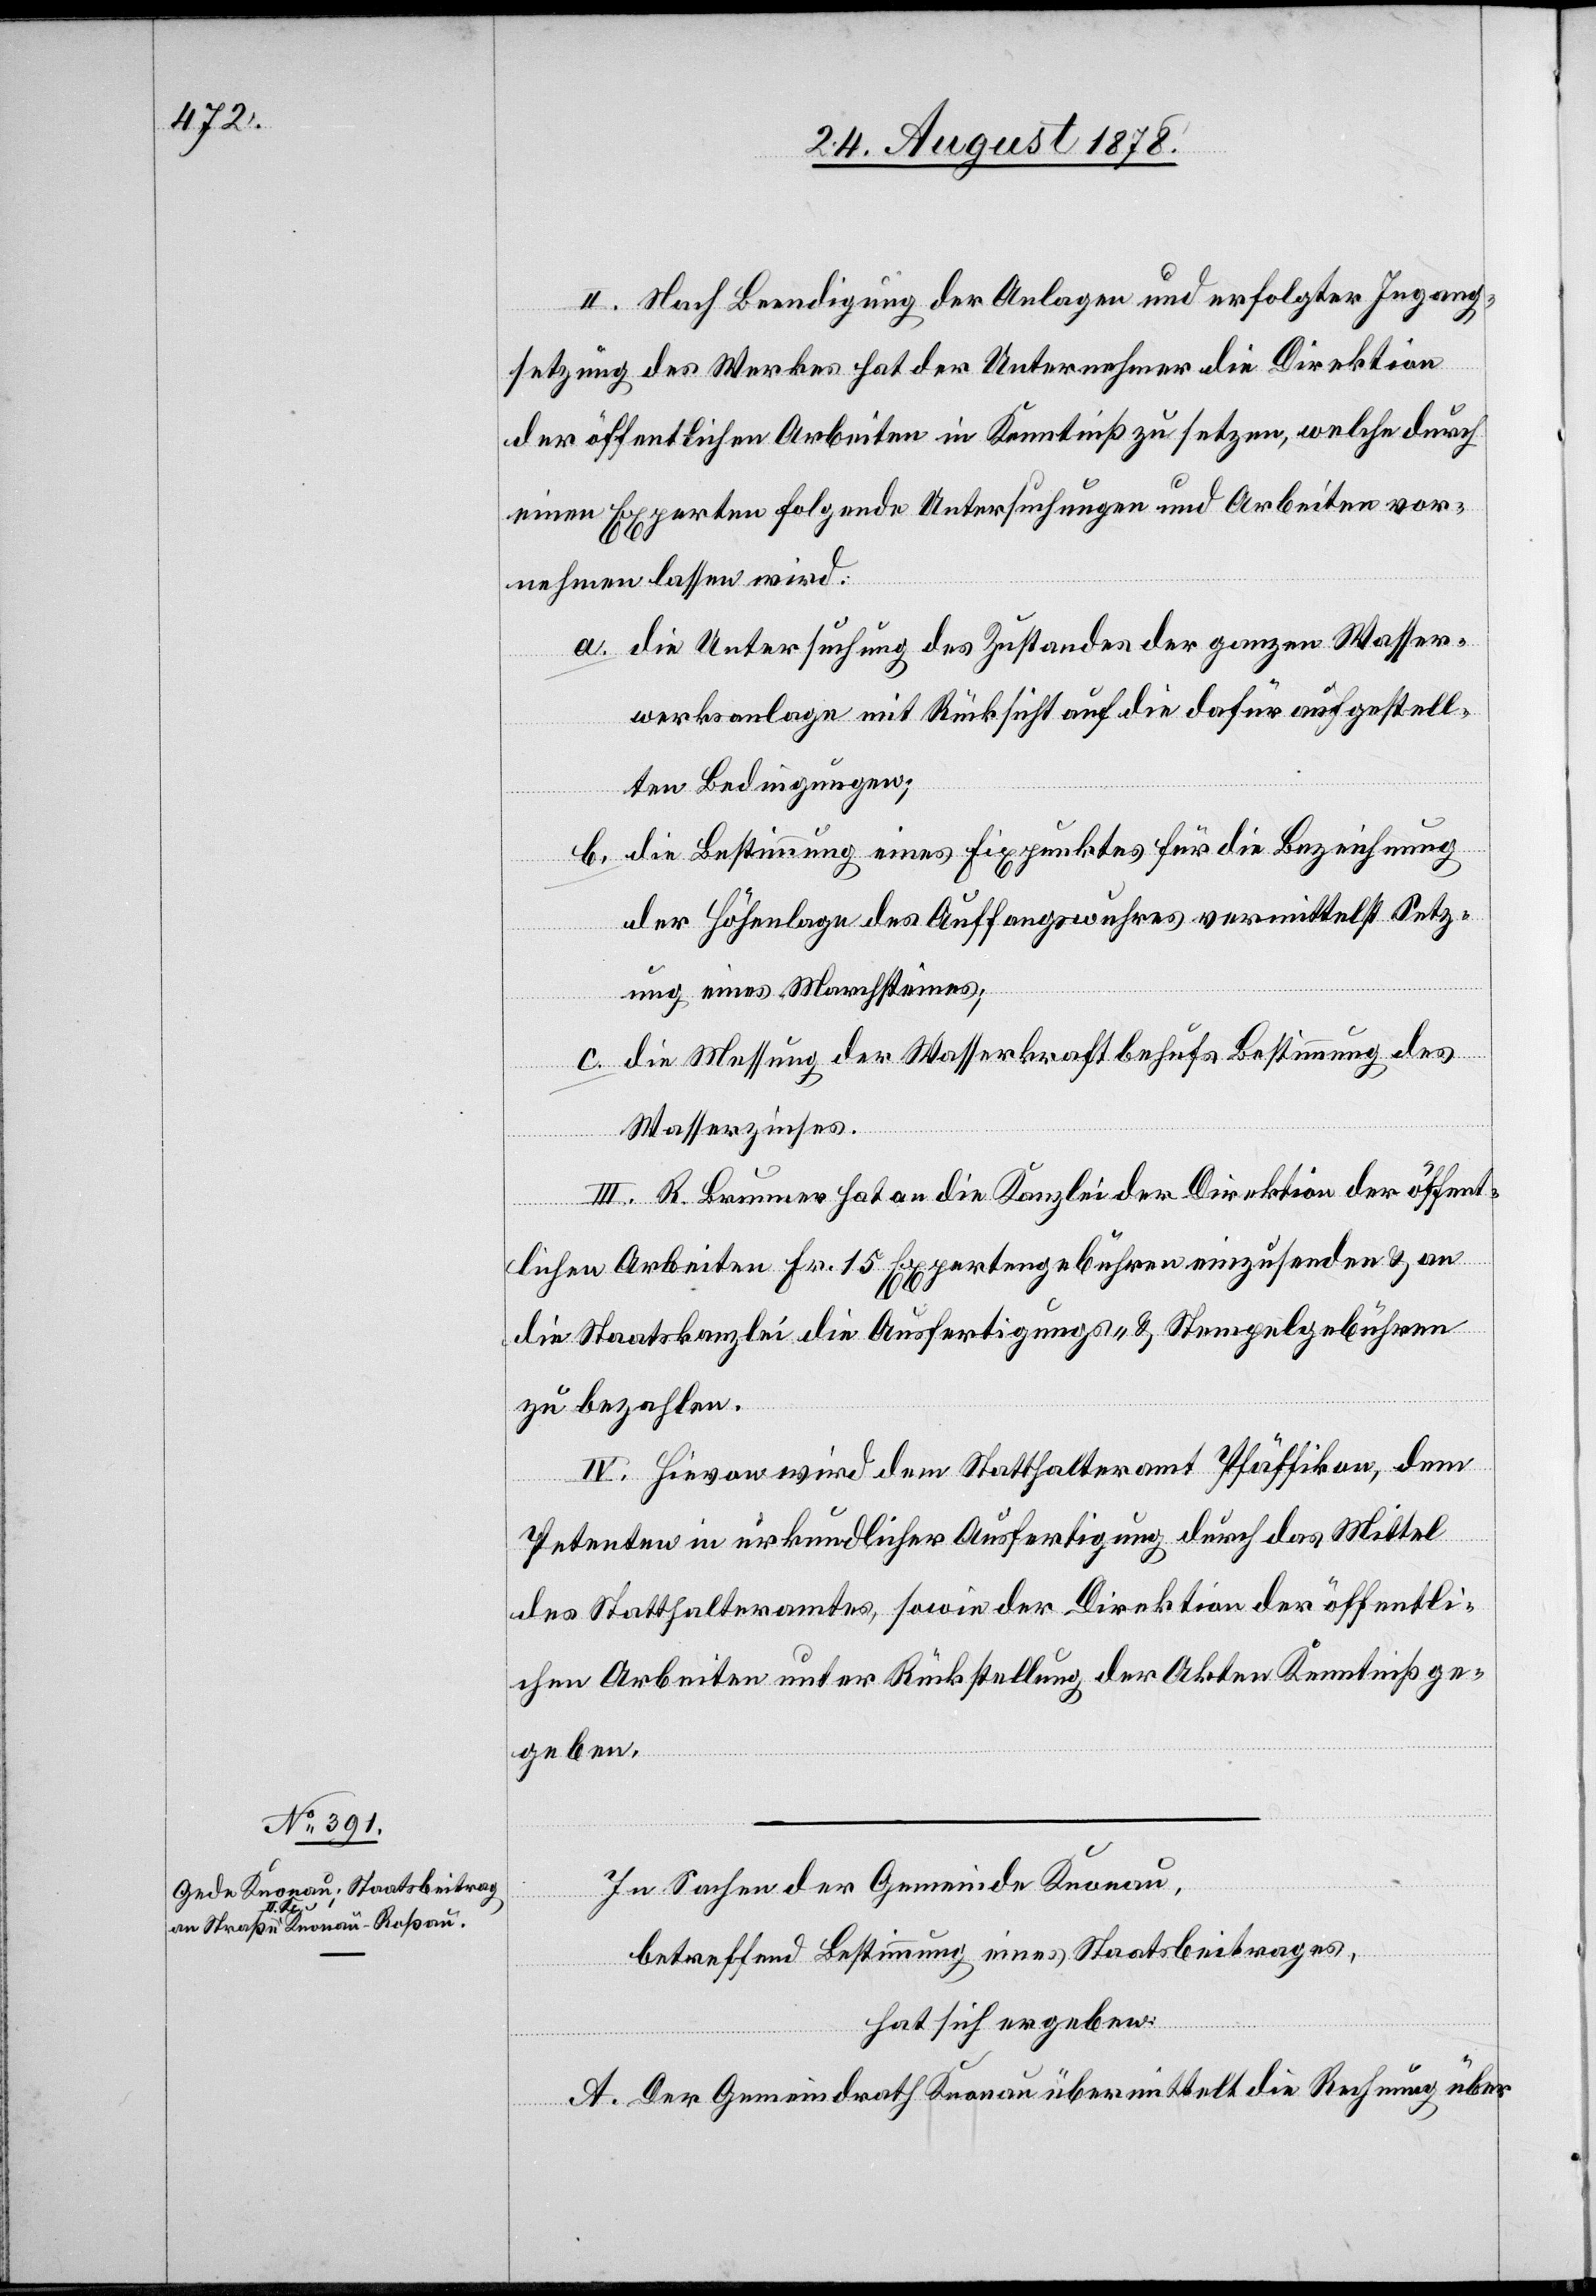
II. Nach Beendigung der Anlagen und erfolgter Ingang¬
setzung des Werkes hat der Unternehmer die Direktion
der öffentlichen Arbeiten in Kenntniß zu setzen, welche durch
einen Experten folgende Untersuchungen und Arbeiten vor¬
nehmen lassen wird:
die Untersuchung des Zustandes der ganzen Wasser¬
werksanlage mit Rücksicht auf die dafür aufgestell¬
ten Bedingungen;
die Bestimmung eines Fixpunktes für die Bezeichnung
der Höhenlage des Auffangswuhres vermittelst Setz¬
ung eines Marchsteines;
die Messung der Wasserkraft behufs Bestimmung des
Wasserzinses.
III. R. Brunner hat an die Kanzlei der Direktion der öffent¬
lichen Arbeiten Fr. 15 Expertengebühren einzusenden & an
die Staatskanzlei die Ausfertigungs- & Stempelgebühren
zu bezahlen.
IV. Hievon wird dem Statthalteramt Pfäffikon, dem
Petenten in urkundlicher Ausfertigung durch das Mittel
des Statthalteramtes, sowie der Direktion der öffentli¬
chen Arbeiten unter Rückstellung der Akten Kenntniß zu
geben.
In Sachen der Gemeinde Knonau,
betreffend Bestimmung eines Staatsbeitrages,
hat sich ergeben:
A. Der Gemeindrath Knonau übermittelt die Rechnung über